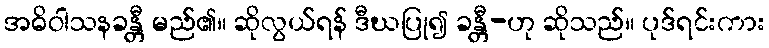
အဓိဝါသနခန္တီ မည်၏။ ဆိုလွယ်ရန် ဒီဃပြု၍ ခန္တီ-ဟု ဆိုသည်။ ပုဒ်ရင်းကား